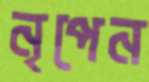
নৃপেন